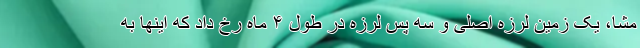
مشا، یک زمین لرزه اصلی و سه پس لرزه در طول ۴ ماه رخ داد که اینها به